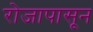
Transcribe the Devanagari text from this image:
रोजापासून